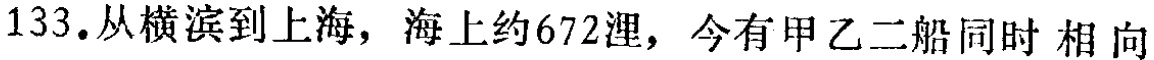
133.从横滨到上海，海上约672浬，今有甲乙二船同时 相向